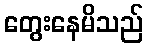
တွေးနေမိသည်